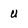
Character: U